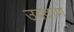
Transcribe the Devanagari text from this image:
उबदाण